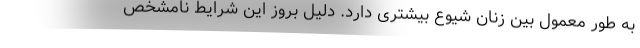
به طور معمول بین زنان شیوع بیشتری دارد. دلیل بروز این شرایط نامشخص